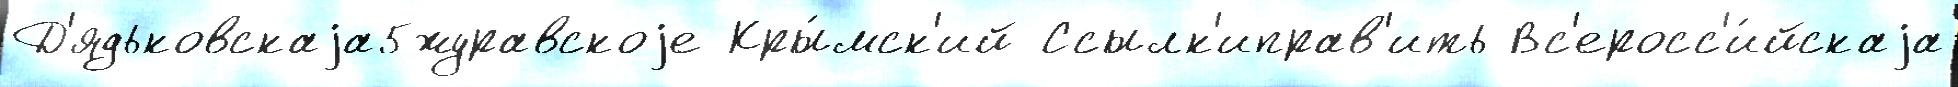
Д'ядьковскаjа5журавскоjе Кры́мск'ий Ссылк'иправ'ить Вс'еросс'и́йскаjа